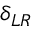
\delta _ { L R }